Indian journal of veterinary science and animal husbandry - Volume 2,
Year: 1932
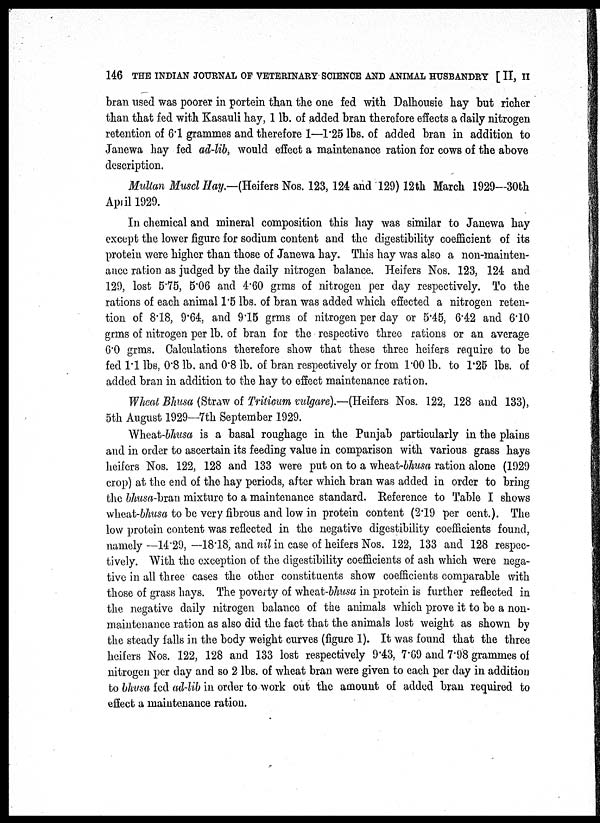
146 THE INDIAN JOURNAL OF VETERINARY SCIENCE AND ANIMAL HUSBANDRY [ II, II
bran used was poorer in portein than the one fed with Dalhousie hay but richer
than that fed with Kasauli hay, 1 lb. of added bran therefore effects a daily nitrogen
retention of 6.1 grammes and therefore 1—1.25 lbs. of added bran in addition to
Janewa hay fed ad-lib, would effect a maintenance ration for cows of the above
description.
Multan Muscl Hay — (Heifers Nos. 123, 124 and 129) 12th March 1929—30th
April 1929.
In chemical and mineral composition this hay was similar to Janewa hay
except the lower figure for sodium content and the digestibility coefficient of its
protein were higher than those of Janewa hay. This hay was also a non-mainten-
ance ration as judged by the daily nitrogen balance. Heifers Nos. 123, 124 and
129, lost 5.75, 5.06 and 4.60 grms of nitrogen per day respectively. To the
rations of each animal 1.5 lbs. of bran was added which effected a nitrogen reten-
tion of 8.18, 9.64, and 9.15 grms of nitrogen per day or 5.45, 6.42 and 6.10
grms of nitrogen per lb. of bran for the respective three rations or an average
6.0 grms. Calculations therefore show that these three heifers require to be
fed 1.1 lbs, 0.8 lb. and 0.8 lb. of bran respectively or from 1.00 lb. to 1.25 lbs. of
added bran in addition to the hay to effect maintenance ration.
Wheat Bhusa (Straw of Triticum vulgare).—(Heifers Nos. 122, 128 and 133),
5th August 1929—7th September 1929.
Wheat-bhusa is a basal roughage in the Punjab particularly in the plains
and in order to ascertain its feeding value in comparison with various grass hays
heifers Nos. 122, 128 and 133 were put on to a wheat-bhusa ration alone (1929
crop) at the end of the hay periods, after which bran was added in order to bring
the bhusa-bran mixture to a maintenance standard. Reference to Table I shows
wheat-bhusa to be very fibrous and low in protein content (2.19 per cent.). The
low protein content was reflected in the negative digestibility coefficients found,
namely —14.29, —18.18, and nil in case of heifers Nos. 122, 133 and 128 respec-
tively. With the exception of the digestibility coefficients of ash which were nega-
tive in all three cases the other constituents show coefficients comparable with
those of grass hays. The poverty of wheat-bhusa in protein is further reflected in
the negative daily nitrogen balance of the animals which prove it to be a non-
maintenance ration as also did the fact that the animals lost weight as shown by
the steady falls in the body weight curves (figure 1). It was found that the three
heifers Nos. 122, 128 and 133 lost respectively 9.43, 7.69 and 7.98 grammes of
nitrogen per day and so 2 lbs. of wheat bran were given to each per day in addition
to bhusa fed ad-lib in order to work out the amount of added bran required to
effect a maintenance ration.